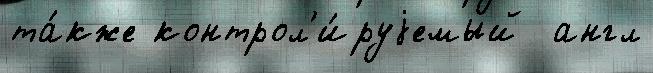
та́кже контрол'и́руjемый  англ